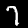
Digit: 7